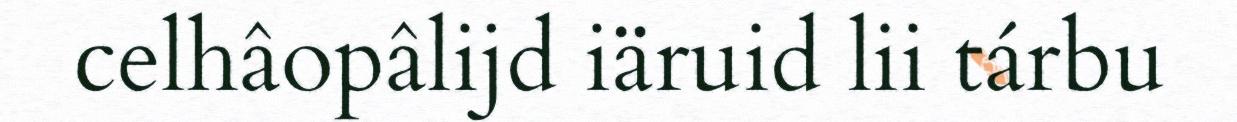
celhâopâlijd iäruid lii tárbu